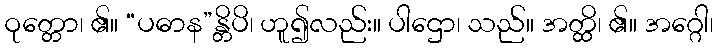
ဝုတ္တော၊ ၏။ “ပဓာန”န္တိပိ၊ ဟူ၍လည်း။ ပါဌော၊ သည်။ အတ္ထိ၊ ၏။ အဂ္ဂေါ၊